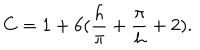
C = 1 + 6 ( { \frac { h } { \pi } } + { \frac { \pi } { h } } + 2 ) .